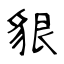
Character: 貇